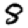
Digit: 8